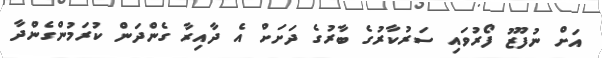
އަށް ނުފޫޒު ފޯރުވައި ސަރުކާރުގެ ބާރުގެ ދަށަށް އެ ދާއިރާ ގެންދަން ކުރަމުންގެންދާ